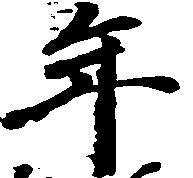
年